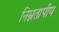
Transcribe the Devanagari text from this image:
निम्नतापीय